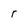
Character: r